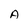
Character: A